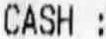
CASH :